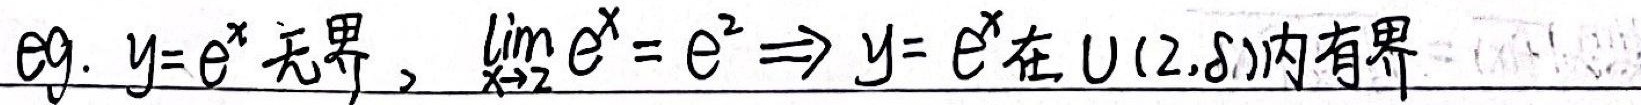
eg. \(y = e^{x}\) 无界，\(\lim\limits_{x \to 2} e^{x} = e^{2} \Rightarrow y = e^{x}\)在 \(U(2,\delta)\)内有界